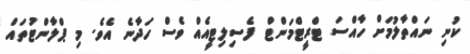
ކުނި ނައްތާލުމަށް ހާއްސަ ޓްރީޓްމަންޓް ފެސިލިޓީއެއް ވެސް ހަދާނެ އެވެ. މި ޕްލާންޓުތައް